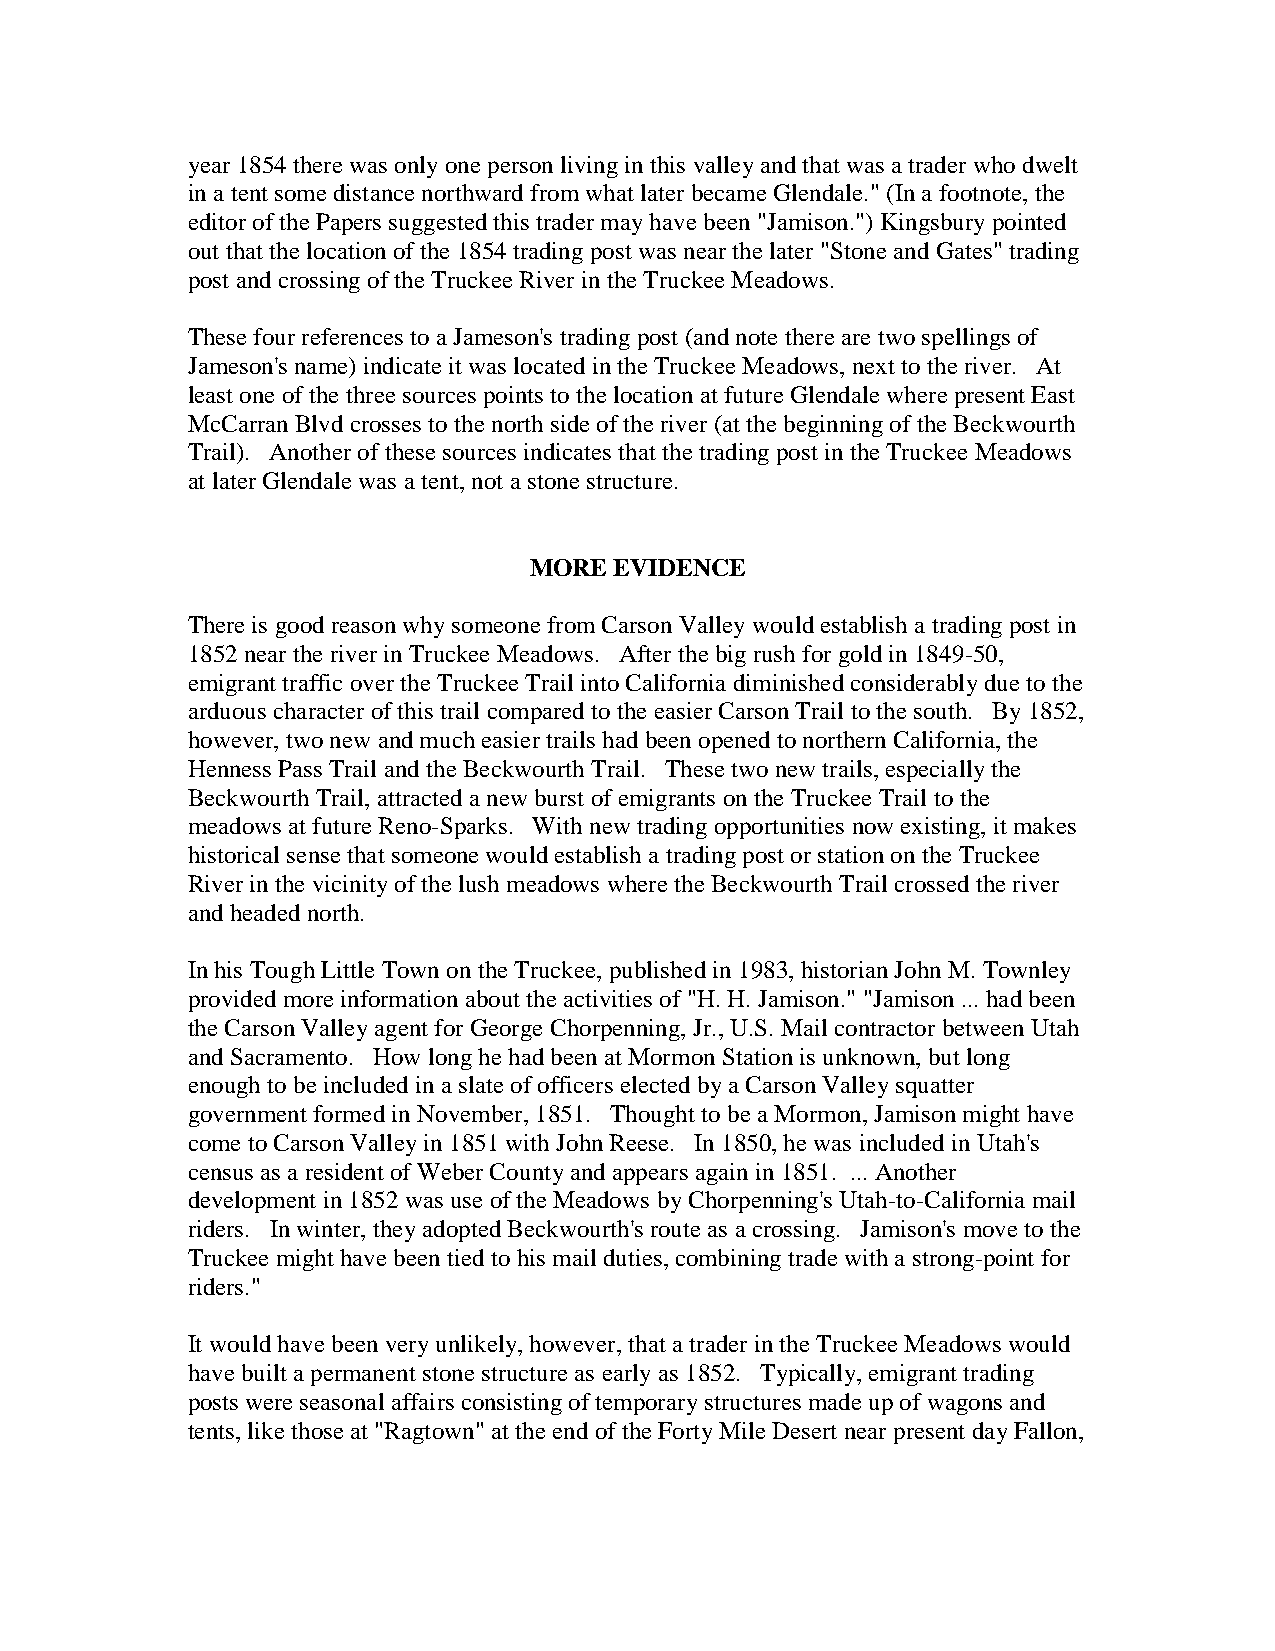
year 1854 there was only one person living in this valley and that was a trader who dwelt
 in a tent some distance northward from what later became Glendale." (In a footnote, the
 editor of the Papers suggested this trader may have been "Jamison.") Kingsbury pointed
 out that the location of the 1854 trading post was near the later "Stone and Gates" trading
 post and crossing of the Truckee River in the Truckee Meadows.
 These four references to a Jameson's trading post (and note there are two spellings of
 Jameson's name) indicate it was located in the Truckee Meadows, next to the river. At
 least one of the three sources points to the location at future Glendale where present East
 McCarran Blvd crosses to the north side of the river (at the beginning of the Beckwourth
 Trail). Another of these sources indicates that the trading post in the Truckee Meadows
 at later Glendale was a tent, not a stone structure.
 MORE  EVIDENCE
 There is good reason why someone from Carson Valley would establish a trading post in
 1852 near the river in Truckee Meadows. After the big rush for gold in 1849-50,
 emigrant traffic over the Truckee Trail into California diminished considerably due to the
 arduous character of this trail compared to the easier Carson Trail to the south. By 1852,
 however, two new and much easier trails had been opened to northern California, the
 Henness Pass Trail and the Beckwourth Trail. These two new trails, especially the
 Beckwourth Trail, attracted a new burst of emigrants on the Truckee Trail to the
 meadows at future Reno-Sparks. With new trading opportunities now existing, it makes
 historical sense that someone would establish a trading post or station on the Truckee
 River in the vicinity of the lush meadows where the Beckwourth Trail crossed the river
 and headed north.
 In his Tough Little Town on the Truckee, published in 1983, historian John M. Townley
 provided more information about the activities of "H. H. Jamison." "Jamison ... had been
 the Carson Valley agent for George Chorpenning, Jr., U.S. Mail contractor between Utah
 and Sacramento. How long he had been at Mormon Station is unknown, but long
 enough to be included in a slate of officers elected by a Carson Valley squatter
 government formed in November, 1851. Thought to be a Mormon, Jamison might have
 come to Carson Valley in 1851 with John Reese. In 1850, he was included in Utah's
 census as a resident of Weber County and appears again in 1851. ... Another
 development in 1852 was use of the Meadows by Chorpenning's Utah-to-California mail
 riders. In winter, they adopted Beckwourth's route as a crossing. Jamison's move to the
 Truckee might have been tied to his mail duties, combining trade with a strong-point for
 riders."
 It would have been very unlikely, however, that a trader in the Truckee Meadows would
 have built a permanent stone structure as early as 1852. Typically, emigrant trading
 posts were seasonal affairs consisting of temporary structures made up of wagons and
 tents, like those at "Ragtown" at the end of the Forty Mile Desert near present day Fallon,